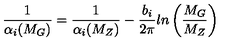
\frac { 1 } { \alpha _ { i } ( M _ { G } ) } = \frac { 1 } { \alpha _ { i } ( M _ { Z } ) } - \frac { b _ { i } } { 2 \pi } l n \left( \frac { M _ { G } } { M _ { Z } } \right)